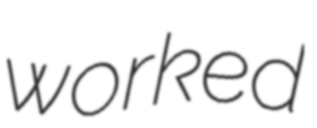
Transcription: worked